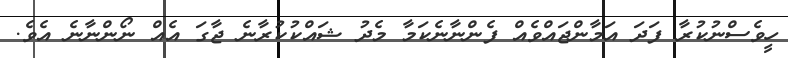
ހީވެސްނުކުރާ ފަދަ އަމާންޖައްވެއް ފެންނާނެކަމާ މެދު ޝައްކުކުރާނެ ޖާގަ އެއް ނޯންނާނެ އެވެ.